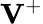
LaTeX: {{\mathbf V}}^{+}